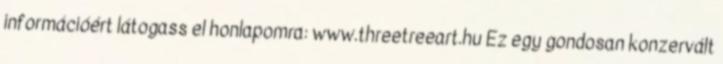
információért látogass el honlapomra: www.threetreeart.hu Ez egy gondosan konzervált